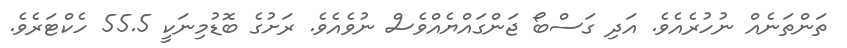
ތަންތަނެއް ނުހުރެއެވެ. އަދި ގަސްބޯ ޖަންގައްޔެއްވެސް ނުވެއެވެ. ރަށުގެ ބޮޑުމިނަކީ 55.5 ހެކްޓަރެވެ.